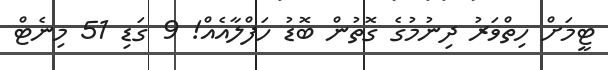
ޓީމަށް ހިތްވަރު ދިނުމުގެ ގޮތުން ބޮޑު ހަފްލާއެއް! 9 ގަޑި 51 މިނެޓް